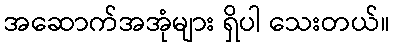
အဆောက်အအုံများ ရှိပါ သေးတယ်။